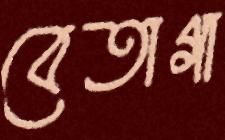
বেতাগা